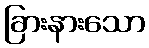
ခြားနားသော